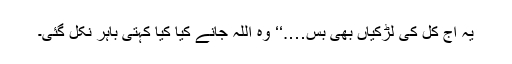
یہ آج کل کی لڑکیاں بھی بس….‘‘ وہ اللہ جانے کیا کیا کہتی باہر نکل گئی۔